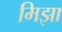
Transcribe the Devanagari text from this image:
मिझा